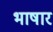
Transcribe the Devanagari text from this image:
भाषार